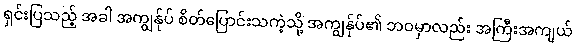
ရှင်းပြသည့် အခါ အကျွန်ုပ် စိတ်ပြောင်းသကဲ့သို့ အကျွန်ုပ်၏ ဘဝမှာလည်း အကြီးအကျယ်